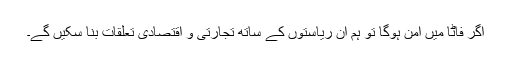
اگر فاٹا میں امن ہوگا تو ہم ان ریاستوں کے ساتھ تجارتی و اقتصادی تعلقات بنا سکیں گے۔